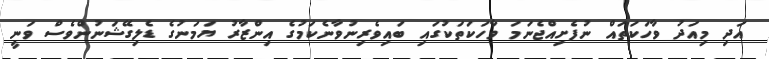
އަދި މިއަދު ވާހަކަތައް ނުފެށިއްޖެނަމަ ވާހަކަތަކުގައި ބައިވެރިނުވާނެކަމުގެ އިންޒާރު ޔަމަނުގެ ޑެލިގޭޝަނުންވެސް ވަނީ